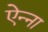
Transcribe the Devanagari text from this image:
ऐन्ना